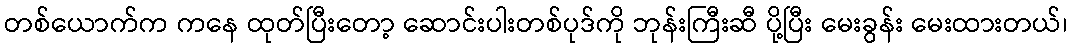
တစ်ယောက်က ကနေ ထုတ်ပြီးတော့ ဆောင်းပါးတစ်ပုဒ်ကို ဘုန်းကြီးဆီ ပို့ပြီး မေးခွန်း မေးထားတယ်၊